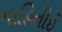
માહિતીઈ